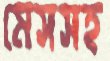
মেসসহ